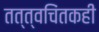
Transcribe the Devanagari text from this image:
तत्त्वचिंतकही